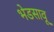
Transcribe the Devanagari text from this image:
भेडसावू